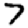
Digit: 7